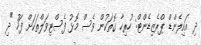
ދި އައިލެންޑް ޕްރެޒިޑެންޓް: ހުރިހާ ގޮތަކުން ވެސް މޮޅު ފެސްޓިވަލްތަކަށް ފަހު "ދި